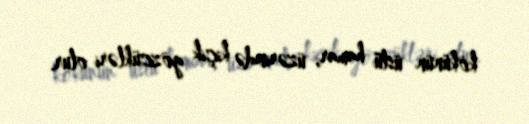
kökünün üstü hamar, üzərində kiçik gözcükləri olur.